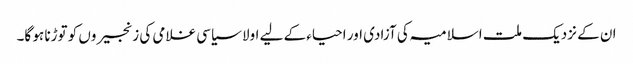
ان کے نزدیک ملت اسلامیہ کی آزادی اور احیاء کے لیے اولا سیاسی غلامی کی زنجیروں کو توڑنا ہو گا۔